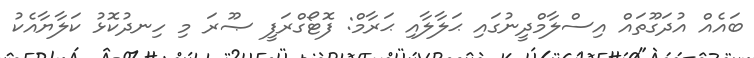
ބައެއް އުދަގޫތައް އިސްލާމްދީނުގައި ޙަލާލާއި ޙަރާމް: ފޮޓޯގްރަފީ ޞޫރަ މި ހިނދުކޮޅު ކަލާޔާއެކު